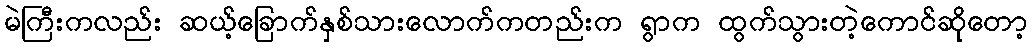
မဲကြီးကလည်း ဆယ့်ခြောက်နှစ်သားလောက်ကတည်းက ရွာက ထွက်သွားတဲ့ကောင်ဆိုတော့